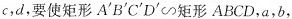
c，d，要使矩形A^{\prime}B^{\prime}C^{\prime}D^{\prime}∽矩形ABCD，a，b，